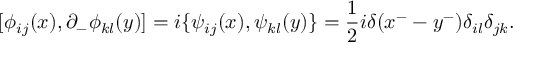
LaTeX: [ \phi _ { i j } ( x ) , \partial _ { - } \phi _ { k l } ( y ) ] = i \{ \psi _ { i j } ( x ) , \psi _ { k l } ( y ) \} = \frac { 1 } { 2 } i \delta ( x ^ { - } - y ^ { - } ) \delta _ { i l } \delta _ { j k } .